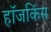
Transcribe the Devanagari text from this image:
हॉजकिंस